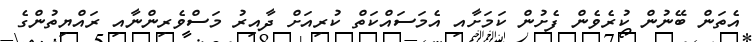
އެތަން ބޭނުން ކުރެވެން ފެށުން ކަމަށާއި އެމަސައްކަތް ކުރިއަށް ދާއިރު މަސްވެރިންނާއި ރައްޔިތުންގެ